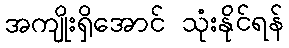
အကျိုးရှိအောင် သုံးနိုင်ရန်